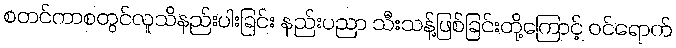
စတင်ကာစတွင်လူသိနည်းပါးခြင်း နည်းပညာ သီးသန့်ဖြစ်ခြင်းတို့ကြောင့် ဝင်ရောက်